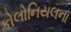
કોલોનિયલના